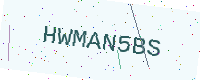
Text: HWMAN5BS